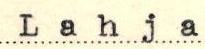
Lahja